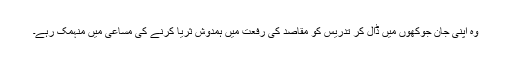
وہ اپنی جان جوکھوں میں ڈال کر تدریس کو مقاصد کی رفعت میں ہمدوش ثریا کرنے کی مساعی میں منہمک رہے۔